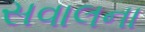
સવાલના